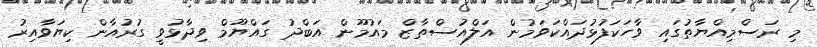
މި ރަސްމިއްޔާތުގައި ވާހަކަފުޅުދައްކަވަމުން އަލްއުސްތާޒް މައުމޫން އަބްދު ގައްޔޫމް ވިދާޅުވީ ގުރުއާން ކިޔަވާއިރު